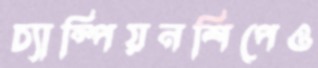
চ্যাম্পিয়নশিপেও